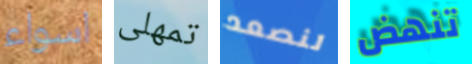
اسواء تمهلى لنصعد تنهض